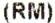
(RM)